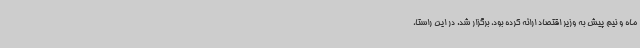
ماه و نیم پیش به وزیر اقتصاد ارائه کرده بود، برگزار شد. در این راستا،